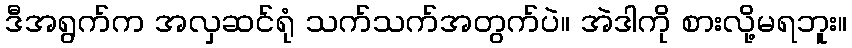
ဒီအရွက်က အလှဆင်ရုံ သက်သက်အတွက်ပဲ။ အဲဒါကို စားလို့မရဘူး။